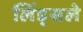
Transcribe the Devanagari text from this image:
लिंड्सले